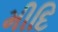
મીદિ